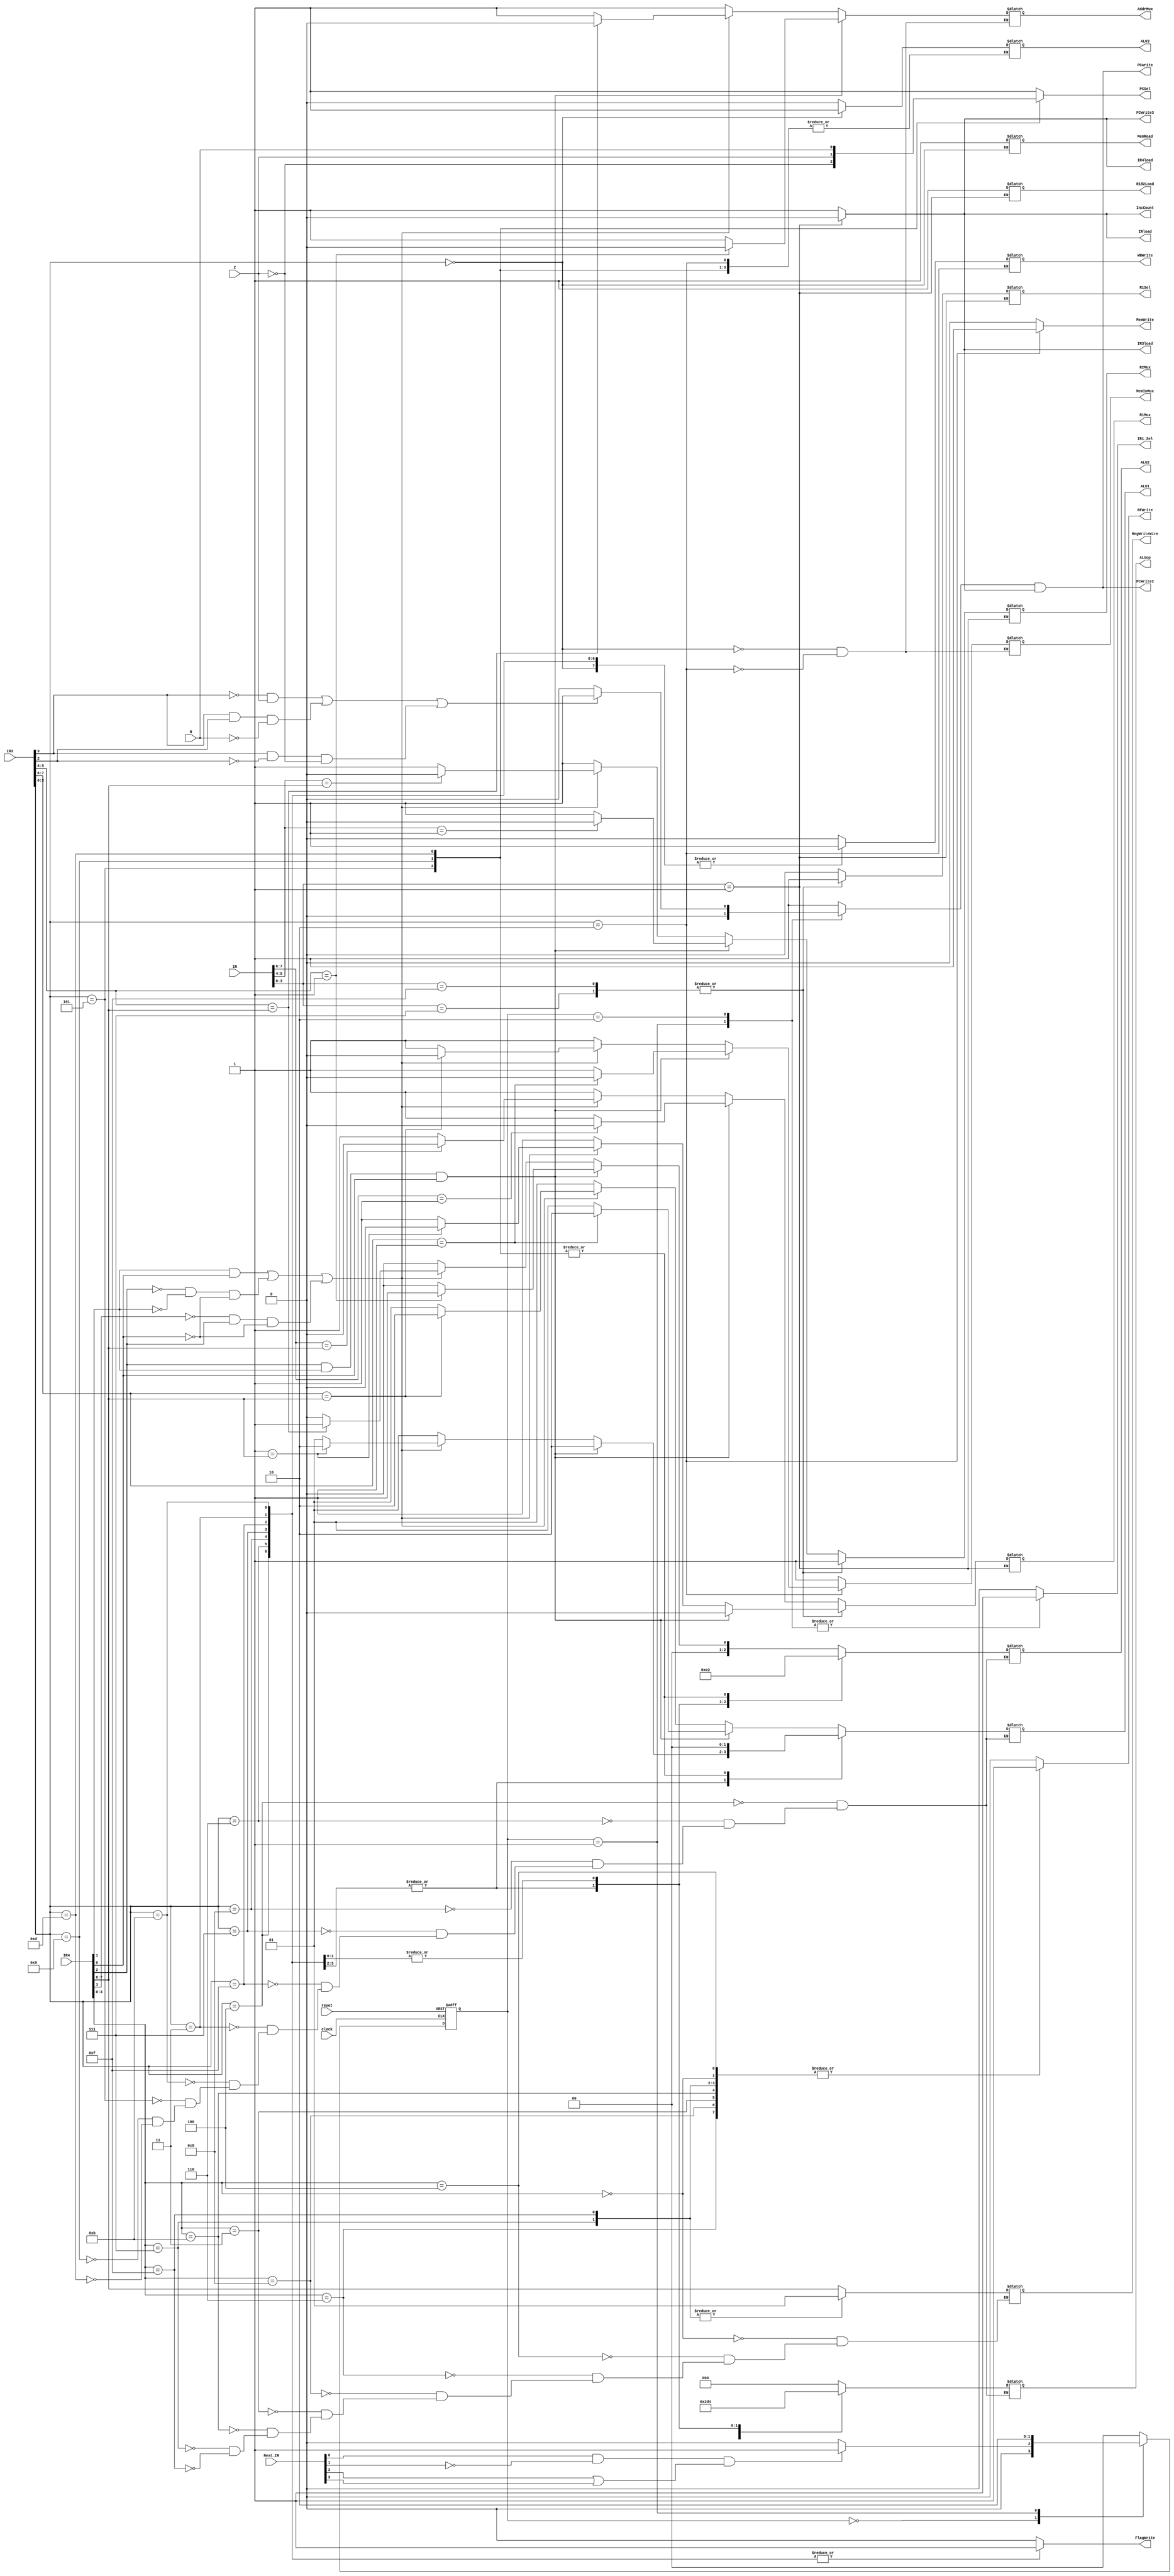
module controller(
reset, IR, IR3, IR4, Next_IR, clock,
N, Z,
PCwrite, PCSel, MemRead,
MemWrite, IRload, IR3load, IR4load, 
R1Sel, RegWriteWire,
R1R2Load, ALU1, ALU2, ALU3, ALUop,
WBWrite, RFWrite, FlagWrite, IncCount,// state, next_state
PCWrite2, PCWrite3,
R1Mux, R2Mux, AddrMux, MemInMux, IR1_Sel
);
	input	[7:0] IR, IR3, IR4, Next_IR;
	input	N, Z;
	input	reset, clock;
	output	PCwrite, MemRead, PCSel, MemWrite, IRload, R1Sel, IR1_Sel;
	output	IR3load, IR4load, WBWrite;
	output	R1R2Load, ALU3, RFWrite, FlagWrite, PCWrite2, PCWrite3;
	output	IncCount; //Counter increment
	output   [1:0] RegWriteWire;
	output	[2:0] ALU2, ALUop;
//	output	[1:0] state, next_state;
	output	R1Mux, R2Mux, AddrMux, MemInMux;
	output	[1:0] ALU1;
	
	reg	PCwrite_p1, PCwrite_p2, PCSel, MemRead, MemWrite, IRload, IR3load, IR4load, R1Sel, IR1_Sel;
	reg	R1R2Load, ALU3, WBWrite, RFWrite, FlagWrite, PCWrite3; //PCwrite, PCWrite2, PCwrite and PCWrite2 not regs anymore
	reg	IncCount; //Counter increment registerization
	reg	[1:0] RegWriteWire;
	reg	[2:0] ALU2, ALUop;
	reg	[1:0] ALU1;
	reg	R1Mux, R2Mux, AddrMux, MemInMux;
	reg	[1:0]	state, next_state;
	
	wire [3:0] inst1, inst3, inst4;
	wire writing, ori, next_is_branch, branch_taken;
	
	assign inst1 = IR[3:0];
	assign inst3 = IR3[3:0];
	assign inst4 = IR4[3:0];
	assign writing = (IR4[1] & IR4[0]) | (~IR4[2]&~IR4[1]&~IR4[0]) | (~IR4[3]&IR4[2]&~IR4[0]);
	assign ori = IR4[2] & IR4[1] & IR4[0];
	assign next_is_branch = Next_IR[0] & ~Next_IR[1] & (Next_IR[2] | Next_IR[3]);
	assign PCwrite = PCwrite_p1 & PCwrite_p2;
	assign PCWrite2 = PCwrite;
	assign branch_taken = (~inst3[3]&Z) | (inst3[3]&inst3[2]&~N) | (inst3[3]&~inst3[2]&~Z);
	
	parameter A = 2'b00, B = 2'b01, C = 2'b10, D = 2'b11;
	
	always @(*) 
	begin
		case(inst1)
			4'b0111:
			begin
				R1Sel = 1;
				R1R2Load = 1;
				PCwrite_p2 = 1;
				IncCount = 1;
				IRload = 1;
				IR3load = 1;
				IR4load = 1;
				//PCWrite2 = 1;
				PCWrite3 = 1;
				if (ori)
				begin
					R1Mux = 0;
					R2Mux = 1;
				end
				else if (writing)
				begin
					if(2'b01 == IR4[7:6])
						begin
							R1Mux = 0;
							R2Mux = 1;
						end
					else
						begin
							R1Mux = 1;
							R2Mux = 1;
						end
				end
				else
				begin
					R1Mux = 1;
					R2Mux = 1;
				end
			end
			4'b1111:
			begin
				R1Sel = 1;
				R1R2Load = 1;
				PCwrite_p2 = 1;
				IncCount = 1;
				IRload = 1;
				IR3load = 1;
				IR4load = 1;
				//PCWrite2 = 1;
				PCWrite3 = 1;
				if (ori)
				begin
					R1Mux = 0;
					R2Mux = 1;
				end
				else if (writing)
				begin
					if(2'b01 == IR4[7:6])
						begin
							R1Mux = 0;
							R2Mux = 1;
						end
					else
						begin
							R1Mux = 1;
							R2Mux = 1;
						end
				end
				else
				begin
					R1Mux = 1;
					R2Mux = 1;
				end
				end
			4'b0001: //STOP
			begin
				PCwrite_p2 = 0;			//PCwrite component is 0
				IncCount = 0;
				IRload = 0;
				IR3load = 0;
				IR4load = 0;
				//PCWrite2 = 0;
				PCWrite3 = 0;
				end
			default:
			begin
				R1Sel = 0;
				R1R2Load = 1;
				PCwrite_p2 = 1;
				IncCount = 1;
				IRload = 1;
				IR3load = 1;
				IR4load = 1;
				//PCWrite2 = 1;
				PCWrite3 = 1;
				if (ori)
				begin
					if(IR[7:6] == 2'b01)
						begin
							R1Mux = 0;
						end
					else
						begin
							R1Mux = 1;
						end
					if(IR[5:4] == 2'b01)
						begin
							R2Mux = 0;
						end
					else
						begin
							R2Mux = 1;
						end
				end
				else if (writing)
				begin
					if(IR[7:6] == IR4[7:6])
						begin
							R1Mux = 0;
						end
					else
						begin
							R1Mux = 1;
						end
					if(IR[5:4] == IR4[7:6])
						begin
							R2Mux = 0;
						end
					else
						begin
							R2Mux = 1;
						end
				end
				else
				begin
					R1Mux = 1;
					R2Mux = 1;
				end
				end
		endcase
		case(inst3)
			4'b0000: //load
				begin
				ALU3 = 1;
				MemRead = 1;
				FlagWrite = 0;
				WBWrite = 1;
				PCSel = 1;
				MemInMux = 1;
				MemWrite = 0;
				if (ori)
				begin
					if(IR3[5:4] == 2'b01)
						begin
							AddrMux = 0;
						end
					else
						begin
							AddrMux = 1;
						end
				end
				else if (writing)
					begin
						if(IR3[5:4] == IR4[7:6])
							begin
								AddrMux = 0;
							end
						else
							begin
								AddrMux = 1;
							end
					end
				else
					begin
						AddrMux = 1;
					end
				end
			4'b0010: //store
			begin
				MemWrite = 1;
				FlagWrite = 0;
				PCSel = 1;
				if (ori)
				begin
					if (IR3[7:6] == 2'b01)
						begin
							MemInMux = 0;
						end
					else
						begin
							MemInMux = 1;
						end
					if(IR3[5:4] == 2'b01)
						begin
							AddrMux = 0;
						end
					else
						begin
							AddrMux = 1;
						end
				end
				else if (writing)
					begin
						if (IR3[7:6] == IR4[7:6])
							begin
								MemInMux = 0;
							end
						else
							begin
								MemInMux = 1;
							end
						if(IR3[5:4] == IR4[7:6])
							begin
								AddrMux = 0;
							end
						else
							begin
								AddrMux = 1;
							end
					end
				else
					begin
						AddrMux = 1;
						MemInMux = 1;
					end
				end
			4'b0100: //add
			begin
				ALU3 = 0;
				ALUop = 3'b000;
				FlagWrite = 1;
				WBWrite = 1;
				MemWrite = 0;
				PCSel = 1;
				if (ori)
				begin
					if (IR3[7:6] == 2'b01)
						begin
							ALU1 = 2'b10;
						end
					else
						begin
							ALU1 = 2'b01;
						end
					if(IR3[5:4] == 2'b01)
						begin
							ALU2 = 3'b001;
						end
					else
						begin
							ALU2 = 3'b000;
						end
				end
				else if (writing)
					begin
						if (IR3[7:6] == IR4[7:6])
							begin
								ALU1 = 2'b10;
							end
						else
							begin
								ALU1 = 2'b01;
							end
						if(IR3[5:4] == IR4[7:6])
							begin
								ALU2 = 3'b001;
							end
						else
							begin
								ALU2 = 3'b000;
							end
					end
				else
					begin
						ALU1 = 2'b01;
						ALU2 = 3'b000;
					end
				end
			4'b0110: //sub
			begin
				ALU3 = 0;
				ALUop = 3'b001;
				FlagWrite = 1;
				WBWrite = 1;
				MemWrite = 0;
				PCSel = 1;
				if (ori)
				begin
					if (IR3[7:6] == 2'b01)
						begin
							ALU1 = 2'b10;
						end
					else
						begin
							ALU1 = 2'b01;
						end
					if(IR3[5:4] == 2'b01)
						begin
							ALU2 = 3'b001;
						end
					else
						begin
							ALU2 = 3'b000;
						end
				end
				else if (writing)
					begin
						if (IR3[7:6] == IR4[7:6])
							begin
								ALU1 = 2'b10;
							end
						else
							begin
								ALU1 = 2'b01;
							end
						if(IR3[5:4] == IR4[7:6])
							begin
								ALU2 = 3'b001;
							end
						else
							begin
								ALU2 = 3'b000;
							end
					end
				else
					begin
						ALU1 = 2'b01;
						ALU2 = 3'b000;
					end
				end
			4'b1000: //nand
			begin
				ALU3 = 0;
				ALUop = 3'b011;
				FlagWrite = 1;
				WBWrite = 1;
				MemWrite = 0;
				PCSel = 1;
				if (ori)
				begin
					if (IR3[7:6] == 2'b01)
						begin
							ALU1 = 2'b10;
						end
					else
						begin
							ALU1 = 2'b01;
						end
					if(IR3[5:4] == 2'b01)
						begin
							ALU2 = 3'b001;
						end
					else
						begin
							ALU2 = 3'b000;
						end
				end
				else if (writing)
					begin
						if (IR3[7:6] == IR4[7:6])
							begin
								ALU1 = 2'b10;
							end
						else
							begin
								ALU1 = 2'b01;
							end
						if(IR3[5:4] == IR4[7:6])
							begin
								ALU2 = 3'b001;
							end
						else
							begin
								ALU2 = 3'b000;
							end
					end
				else
					begin
						ALU1 = 2'b01;
						ALU2 = 3'b000;
					end
				end
			4'b0111: //ori
			begin
				ALU2 = 3'b011;
				ALU3 = 0;
				ALUop = 3'b010;
				FlagWrite = 1;
				WBWrite = 1;
				MemWrite = 0;
				PCSel = 1;
				if (ori)
				begin
					ALU1 = 2'b10;
				end
				else if (writing)
					begin
						if (2'b01 == IR4[7:6])
							begin
								ALU1 = 2'b10;
							end
						else
							begin
								ALU1 = 2'b01;
							end
					end
				else
					begin
						ALU1 = 2'b01;
					end
				end
			4'b1111: //ori
			begin
				ALU2 = 3'b011;
				ALU3 = 0;
				ALUop = 3'b010;
				FlagWrite = 1;
				WBWrite = 1;
				MemWrite = 0;
				PCSel = 1;
				if (ori)
				begin
					ALU1 = 2'b10;
				end
				else if (writing)
					begin
						if (2'b01 == IR4[7:6])
							begin
								ALU1 = 2'b10;
							end
						else
							begin
								ALU1 = 2'b01;
							end
					end
				else
					begin
						ALU1 = 2'b01;
					end
				end
			4'b0011: //shift
			begin
				MemWrite = 0;
				ALU2 = 3'b100;
				ALUop = 3'b100;
				FlagWrite = 1;
				ALU3 = 0;
				WBWrite = 1;
				PCSel = 1;
				if (ori)
				begin
					if (IR3[7:6] == 2'b01)
						begin
							ALU1 = 2'b10;
						end
					else
						begin
							ALU1 = 2'b01;
						end
				end
				else if (writing)
					begin
						if (IR3[7:6] == IR4[7:6])
							begin
								ALU1 = 2'b10;
							end
						else
							begin
								ALU1 = 2'b01;
							end
					end
				else
					begin
						ALU1 = 2'b01;
					end
				end
			4'b1011: //shift
			begin
				MemWrite = 0;
				ALU2 = 3'b100;
				ALUop = 3'b100;
				FlagWrite = 1;
				ALU3 = 0;
				WBWrite = 1;
				PCSel = 1;
				if (ori)
				begin
					if (IR3[7:6] == 2'b01)
						begin
							ALU1 = 2'b10;
						end
					else
						begin
							ALU1 = 2'b01;
						end
				end
				else if (writing)
					begin
						if (IR3[7:6] == IR4[7:6])
							begin
								ALU1 = 2'b10;
							end
						else
							begin
								ALU1 = 2'b01;
							end
					end
				else
					begin
						ALU1 = 2'b01;
					end
				end
			4'b0101: //BZ
			begin
				PCSel = ~Z;
				ALU1 = 2'b00;
				ALU2 = 3'b010;
				ALUop = 3'b000;
				FlagWrite = 0;
				WBWrite = 0;
				MemWrite = 0;
				end
			4'b1001: //BNZ
			begin
				PCSel = Z;
				ALU1 = 2'b00;
				ALU2 = 3'b010;
				ALUop = 3'b000;
				FlagWrite = 0;
				WBWrite = 0;
				MemWrite = 0;
				end
			4'b1101: //BPZ
			begin
				PCSel = N;
				ALU1 = 2'b00;
				ALU2 = 3'b010;
				ALUop = 3'b000;
				FlagWrite = 0;
				WBWrite = 0;
				MemWrite = 0;
				end
			default: //nop
			begin
				PCSel = 1;
				FlagWrite = 0;
				WBWrite = 0;
				MemWrite = 0;
				ALU3 = 0;
				end
		endcase
		case(inst4)
			4'b0000:
			begin
				RegWriteWire = IR4[7:6];
				RFWrite = 1;
				end
			4'b0100:
			begin
				RegWriteWire = IR4[7:6];
				RFWrite = 1;
				end
			4'b0110:
			begin
				RegWriteWire = IR4[7:6];
				RFWrite = 1;
				end
			4'b1000:
			begin
				RegWriteWire = IR4[7:6];
				RFWrite = 1;
				end
			4'b0011:
			begin
				RegWriteWire = IR4[7:6];
				RFWrite = 1;
				end
			4'b1011:
			begin
				RegWriteWire = IR4[7:6];
				RFWrite = 1;
				end
			4'b0111: //ori - special
			begin
				RegWriteWire = 2'b01;
				RFWrite = 1;
				end
			4'b1111: //ori - special
			begin
				RegWriteWire = 2'b01;
				RFWrite = 1;
				end
			default: //do not write back
				RFWrite = 0;
		endcase
	end
	
	always @(next_is_branch, state, branch_taken) begin
		case(state)
			A:	//Idle
			begin
				if(next_is_branch) next_state = B; else next_state = A;
				IR1_Sel = 0;
				PCwrite_p1 = 1;
				end
			B: //Branch just occured, send in the nops
			begin
				next_state = C;
				IR1_Sel = 1;
				PCwrite_p1 = 0;
				end
			C:	//Branch taken
			begin
				next_state = A;
				IR1_Sel = 1;
				if(branch_taken) PCwrite_p1 = 1; else PCwrite_p1 = 0;
				end
//			D:	//Branch not taken
//			begin
//				next_state = A;
//				IR1_Sel = 1;
//				PCwrite_p1 = 0;
//				end
			default:
			begin
				next_state = A;
				IR1_Sel = 0;
				PCwrite_p1 = 1;
				end
		endcase
	end
			
	always @(posedge clock, posedge reset) begin
		if(reset) begin
			state <= A;
		end
		else begin
			state <= next_state;
		end
	end
			
endmodule
//PCwrite, PCsel, MemRead,
//MemWrite, IRload, IR3load, IR4load, 
//R1Sel,
//R1R2Load, ALU1, ALU2, ALU3, ALUop,
//WBWrite, RFWrite, FlagWrite, IncCount//, state